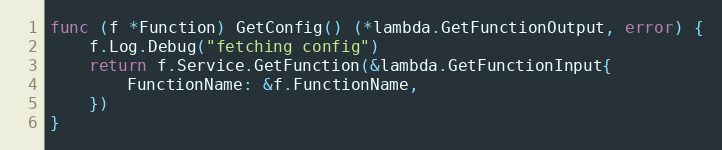
Language: Go
func (f *Function) GetConfig() (*lambda.GetFunctionOutput, error) {
	f.Log.Debug("fetching config")
	return f.Service.GetFunction(&lambda.GetFunctionInput{
		FunctionName: &f.FunctionName,
	})
}